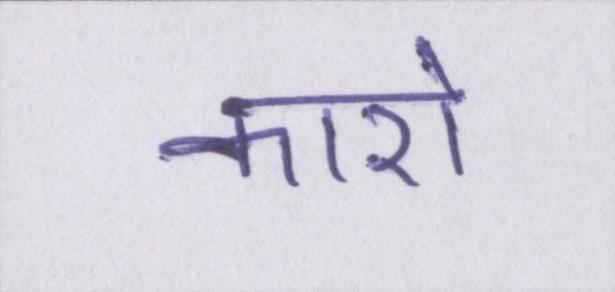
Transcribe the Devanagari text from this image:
कारो